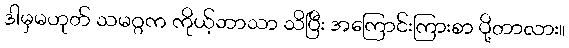
ဒါမှမဟုတ် သမဂ္ဂက ကိုယ့်ဘာသာ သိပြီး အကြောင်းကြားစာ ပို့တာလား။